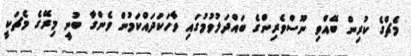
މެޗްގެ ކުރިން ބޭއްވި ނޫސްވެރިންގެ ބައްދަލުވުމުގައި ވާހަކަދައްކަމުން ވެންގާ ބުނީ މިރޭގެ މެޗަކީ